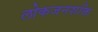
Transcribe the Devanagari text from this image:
लोकजनशक्ति